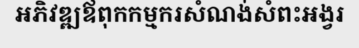
អភិវឌ្ឍឪពុកកម្មករសំណង់សំពះអង្វរ